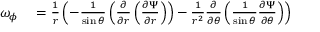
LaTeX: \begin{array} { r l } { \omega _ { \phi } } & { { } = { \frac { 1 } { r } } \left( - { \frac { 1 } { \sin \theta } } \left( { \frac { \partial } { \partial r } } \left( { \frac { \partial \Psi } { \partial r } } \right) \right) - { \frac { 1 } { r ^ { 2 } } } { \frac { \partial } { \partial \theta } } \left( { \frac { 1 } { \sin \theta } } { \frac { \partial \Psi } { \partial \theta } } \right) \right) } \end{array}